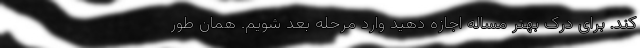
کند. برای درک بهتر مساله اجازه دهید وارد مرحله بعد شویم. همان طور